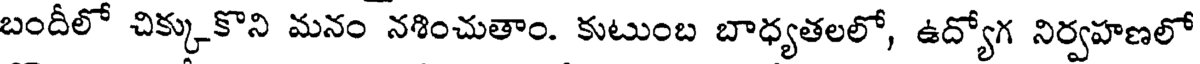
బందీలో చిక్కుకొని మనం నశించుతాం. కుటుంబ బాధ్యతలలో, ఉద్యోగ నిర్వహణలో